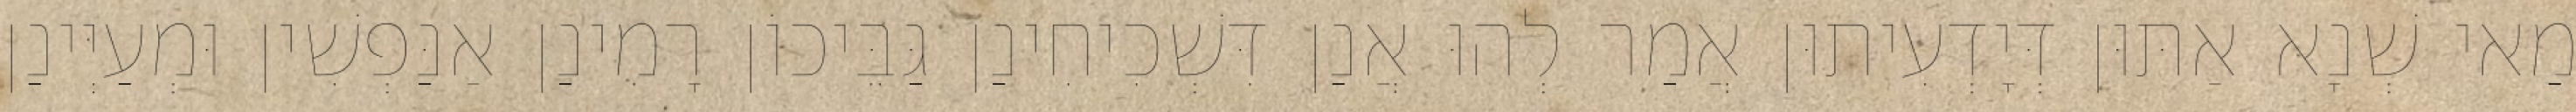
מַאי שְׁנָא אַתּוּן דְּיָדְעִיתוּן אֲמַר לְהוּ אֲנַן דִּשְׁכִיחִינַן גַּבֵּיכוֹן רָמִינַן אַנַּפְשִׁין וּמְעַיְּינַן